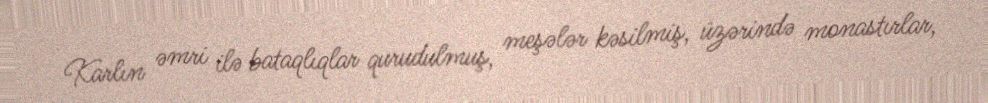
Karlın əmri ilə bataqlıqlar qurudulmuş, meşələr kəsilmiş, üzərində monastırlar,